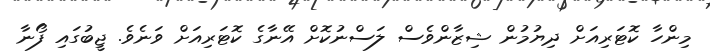
މިންހާ ކޮޓަރިއަށް ދިޔުމުން ޝިޒާންވެސް ލަސްނުކޮށް އޭނާގެ ކޮޓަރިއަށް ވަނެވެ. ޖީބުގައި ފޯނާ